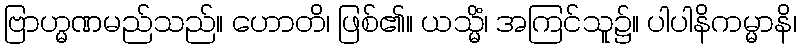
ဗြာဟ္မဏမည်သည်။ ဟောတိ၊ ဖြစ်၏။ ယသ္မိံ၊ အကြင်သူ၌။ ပါပါနိကမ္မာနိ၊